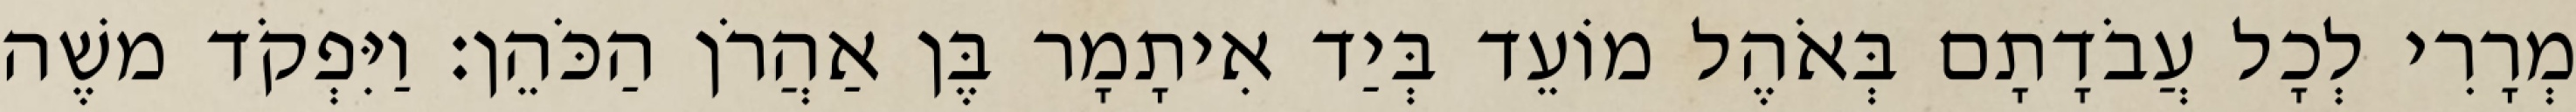
מְרָרִי לְכָל עֲבֹדָתָם בְּאֹהֶל מוֹעֵד בְּיַד אִיתָמָר בֶּן אַהֲרֹן הַכֹּהֵן׃ וַיִּפְקֹד משֶׁה